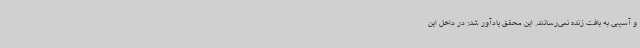
و آسیبی به بافت زنده نمی‌رسانند. این محقق یادآور شد: در داخل این